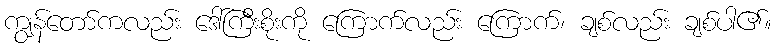
ကျွန်တော်ကလည်း ဒေါ်ကြီးစိုးကို ကြောက်လည်း ကြောက်၊ ချစ်လည်း ချစ်ပါ၏။